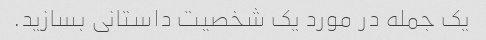
یک جمله در مورد یک شخصیت داستانی بسازید.